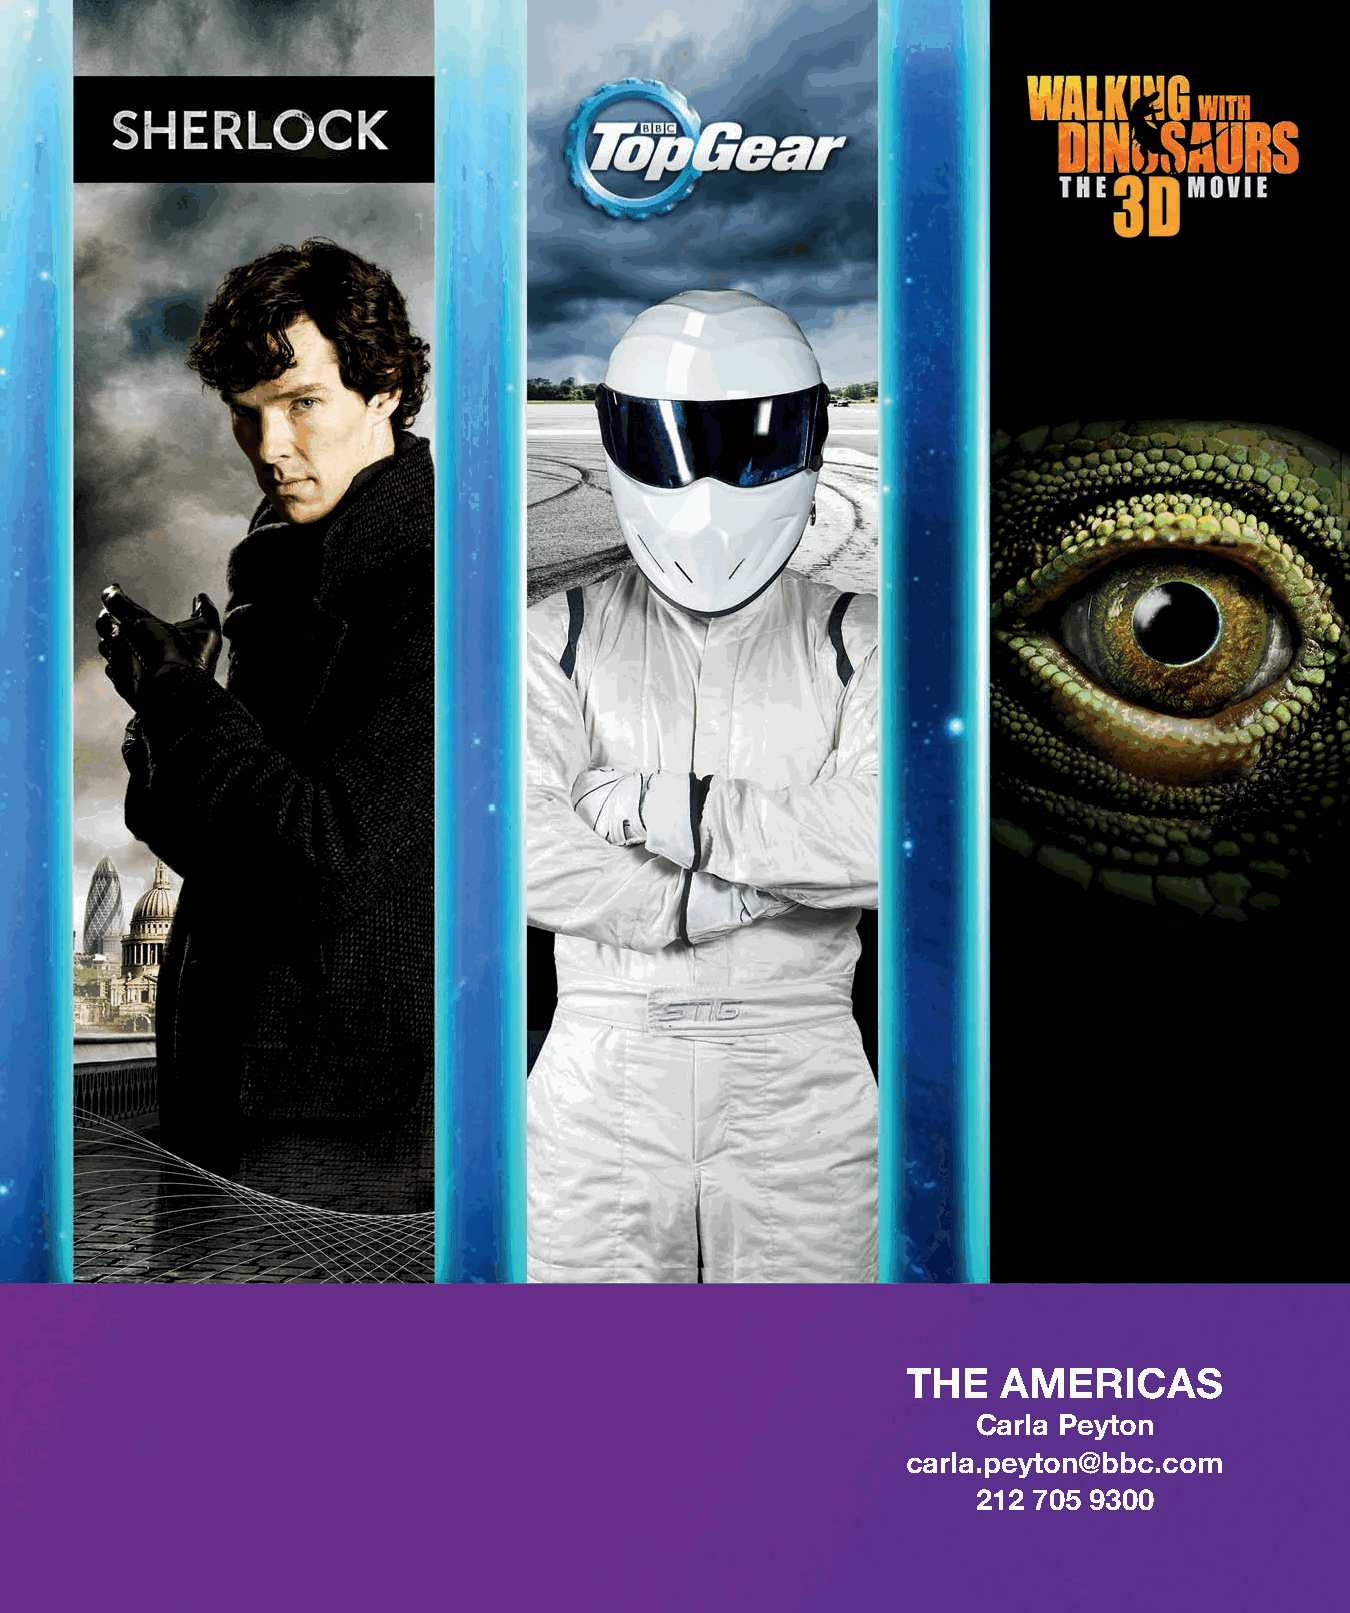
THE   AMERICAS
 Carla Peyton
 carla.peyton@bbc.com
 212 705 9300
 mbcyyelaaallcgonkewnta                         ES246270_LIC0513_003_FP.pgs 05.03.2013 22:45 ADV